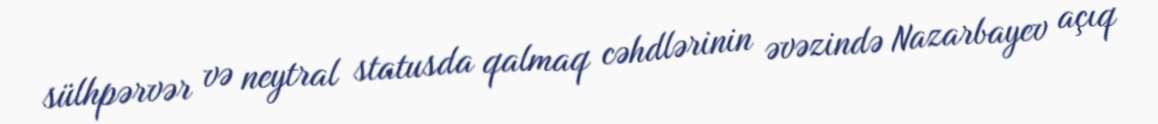
sülhpərvər və neytral statusda qalmaq cəhdlərinin əvəzində Nazarbayev açıq